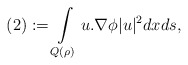
\begin{align*}(2):= \int\limits_{Q(\rho)}u.\nabla\phi|u|^2dxds,\end{align*}